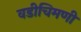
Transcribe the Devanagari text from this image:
वडीचिमणी